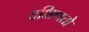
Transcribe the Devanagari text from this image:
दक्षिणतो